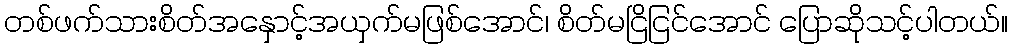
တစ်ဖက်သားစိတ်အနှောင့်အယှက်မဖြစ်အောင်၊ စိတ်မငြိငြင်အောင် ပြောဆိုသင့်ပါတယ်။